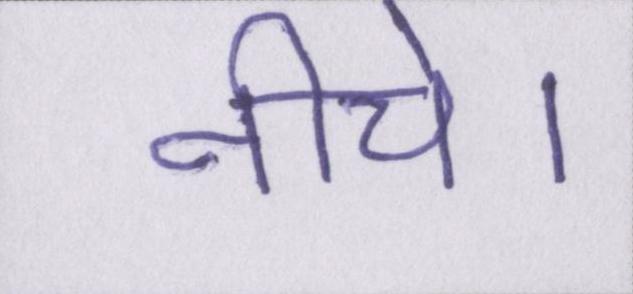
नीचे।